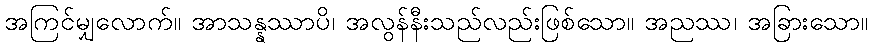
အကြင်မျှလောက်။ အာသန္နဿာပိ၊ အလွန်နီးသည်လည်းဖြစ်သော။ အညဿ၊ အခြားသော။